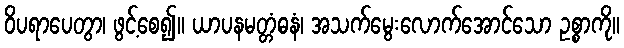
ဝိပရာပေတွာ၊ ဖွင့်စေ၍။ ယာပနမတ္တံဓနံ၊ အသက်မွေးလောက်အောင်သော ဥစ္စာကို။